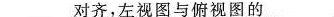
___对齐，左视图与俯视图的___